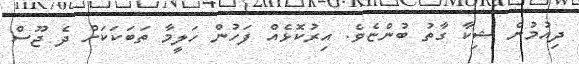
ދިއުމުން ޝިކާ ގާތު ބުންޏެވެ. އިރުކޮޅެއް ފަހުން ހަލީމާ ތަބަކަކަށް ދެ ޖޫސް